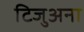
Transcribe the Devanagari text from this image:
टिजुअना